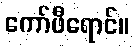
ကော်ဖီရောင်။